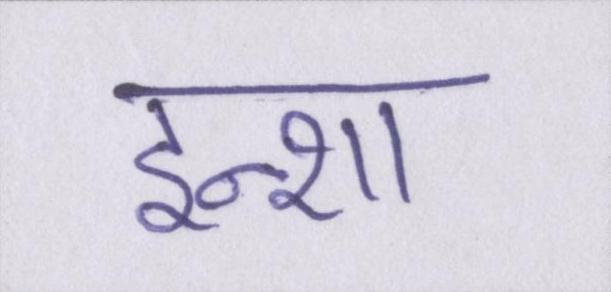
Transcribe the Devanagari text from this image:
इन्शा